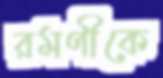
রমণীকে